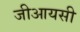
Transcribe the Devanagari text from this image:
जीआयसी